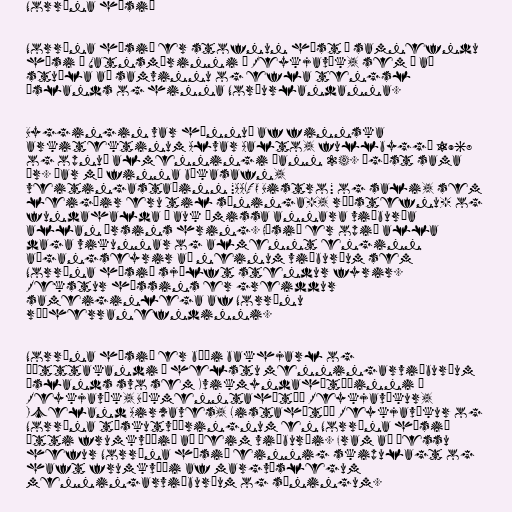
Norræna húsið

Norræna húsið er stofnun hýst í samnefndu
húsi í Vatnsmýrinni í Reykjavík, sem á að
stuðla að samvinnu og efla tengsl
Íslands og hinna Norðurlandanna.

Byggingin var hönnuð af finnska
arkitektinum Alvar Aalto, fullbyggð 1968
og opnuð almenningi þann 24. ágúst sama
ár. Þar má finna bókasafn,
veitingastaðinn "AALTO Bistro" og sali, sem
leigðir eru til sýninga-, ráðstefnu- og
fundahalda — auk ýmissa annara viðburða
allan ársins hring. Húsið er opið alla
daga vikunnar og almennt enginn
aðgangseyrir að neinum viðburðum sem
Norræna húsið sjálft stendur fyrir.
Rekstur hússins er greiddur
sameiginlega af Norrænu
ráðherranefndinni.

Norræna húsið er bæði bakhjarl og
þátttakandi í helstu menningarviðburðum
Íslands svo sem Kvikmyndahátíðinni í
Reykjavík, Bókmenntahátíð Reykjavíkur,
Iceland Airwaves, Listahátíð Reykjavíkur og
Norræna tískutvíæringnum en Norræna húsið
átti frumkvæðið að þeim viðburði. Fram að þessu
hefur Norræna húsið einnig skipulagt og
haft frumkvæði af margvíslegum
menningarviðburðum og sýningum.